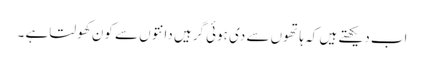
اب دیکھتے ہیں کہ ہاتھوں سے دی ہوئی گرہیں دانتوں سے کون کھولتا ہے ۔